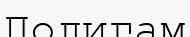
Полигам